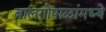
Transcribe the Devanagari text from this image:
बालगोपाळांमध्ये